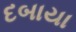
દબાયા